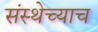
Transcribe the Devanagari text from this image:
संस्थेच्याच